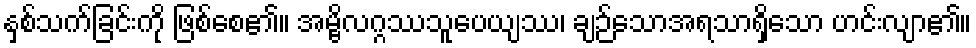
နှစ်သက်ခြင်းကို ဖြစ်စေ၏။ အမ္ဗိလဂ္ဂဿသူပေယျဿ၊ ချဉ်သောအရသာရှိသော ဟင်းလျာ၏။